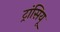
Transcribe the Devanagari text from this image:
ट्रांसियू